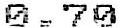
0.70